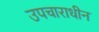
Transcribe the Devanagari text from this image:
उपचाराधीन